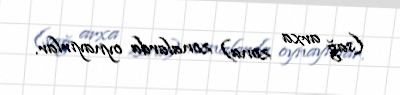
(sağ arxa zona) zonalarda oynayırlar.